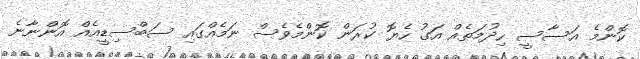
ކޮންމެ އަސާސީ ހިދުމަތެއް އަގު ހެޔޮ ކުރަން ކޮންމެވެސް ނަމެއްގައި ސަބްސިޑީއެއް އޮންނާނެ